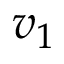
v _ { 1 }